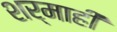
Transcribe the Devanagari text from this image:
शर्माही